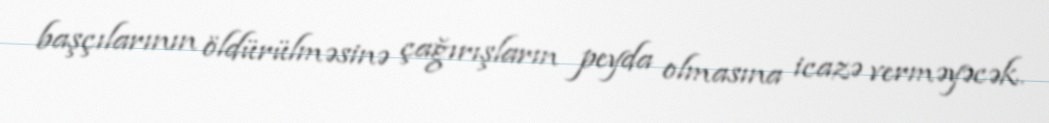
başçılarının öldürülməsinə çağırışların peyda olmasına icazə verməyəcək.